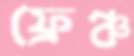
ফ্রেঞ্চ